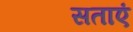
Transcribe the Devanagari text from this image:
सताएं